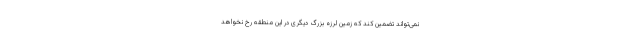
نمی‌تواند تضمین کند که زمین لرزه بزرگ دیگری در این منطقه رخ نخواهد